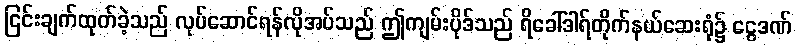
ငြင်းချက်ထုတ်ခဲ့သည် လုပ်ဆောင်ရန်လိုအပ်သည် ဤကျမ်းပိုဒ်သည် ရိခေါ်ဒါရ်တိုက်နယ်ဆေးရုံ၌ ငွေဒဏ်